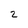
Character: 2